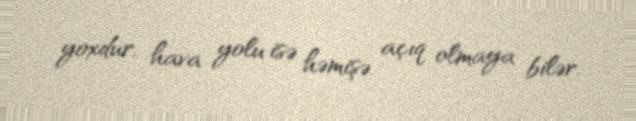
yoxdur, hava yolu isə həmişə açıq olmaya bilər.